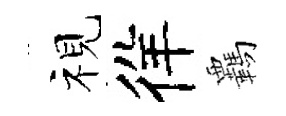
视徉覊